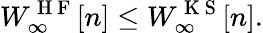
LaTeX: W_{\infty}^{\mathrm{~H~F~}}[n]\leq W_{\infty}^{\mathrm{~K~S~}}[n].